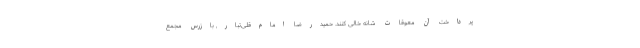
پرداخت آن معوقات شانه خالی کنند. حمیدرضا امام‌قلی‌تبار, بازرس مجمع